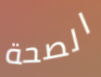
الصحة